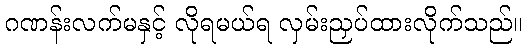
ဂဏန်းလက်မနှင့် လိုရမယ်ရ လှမ်းညှပ်ထားလိုက်သည်။